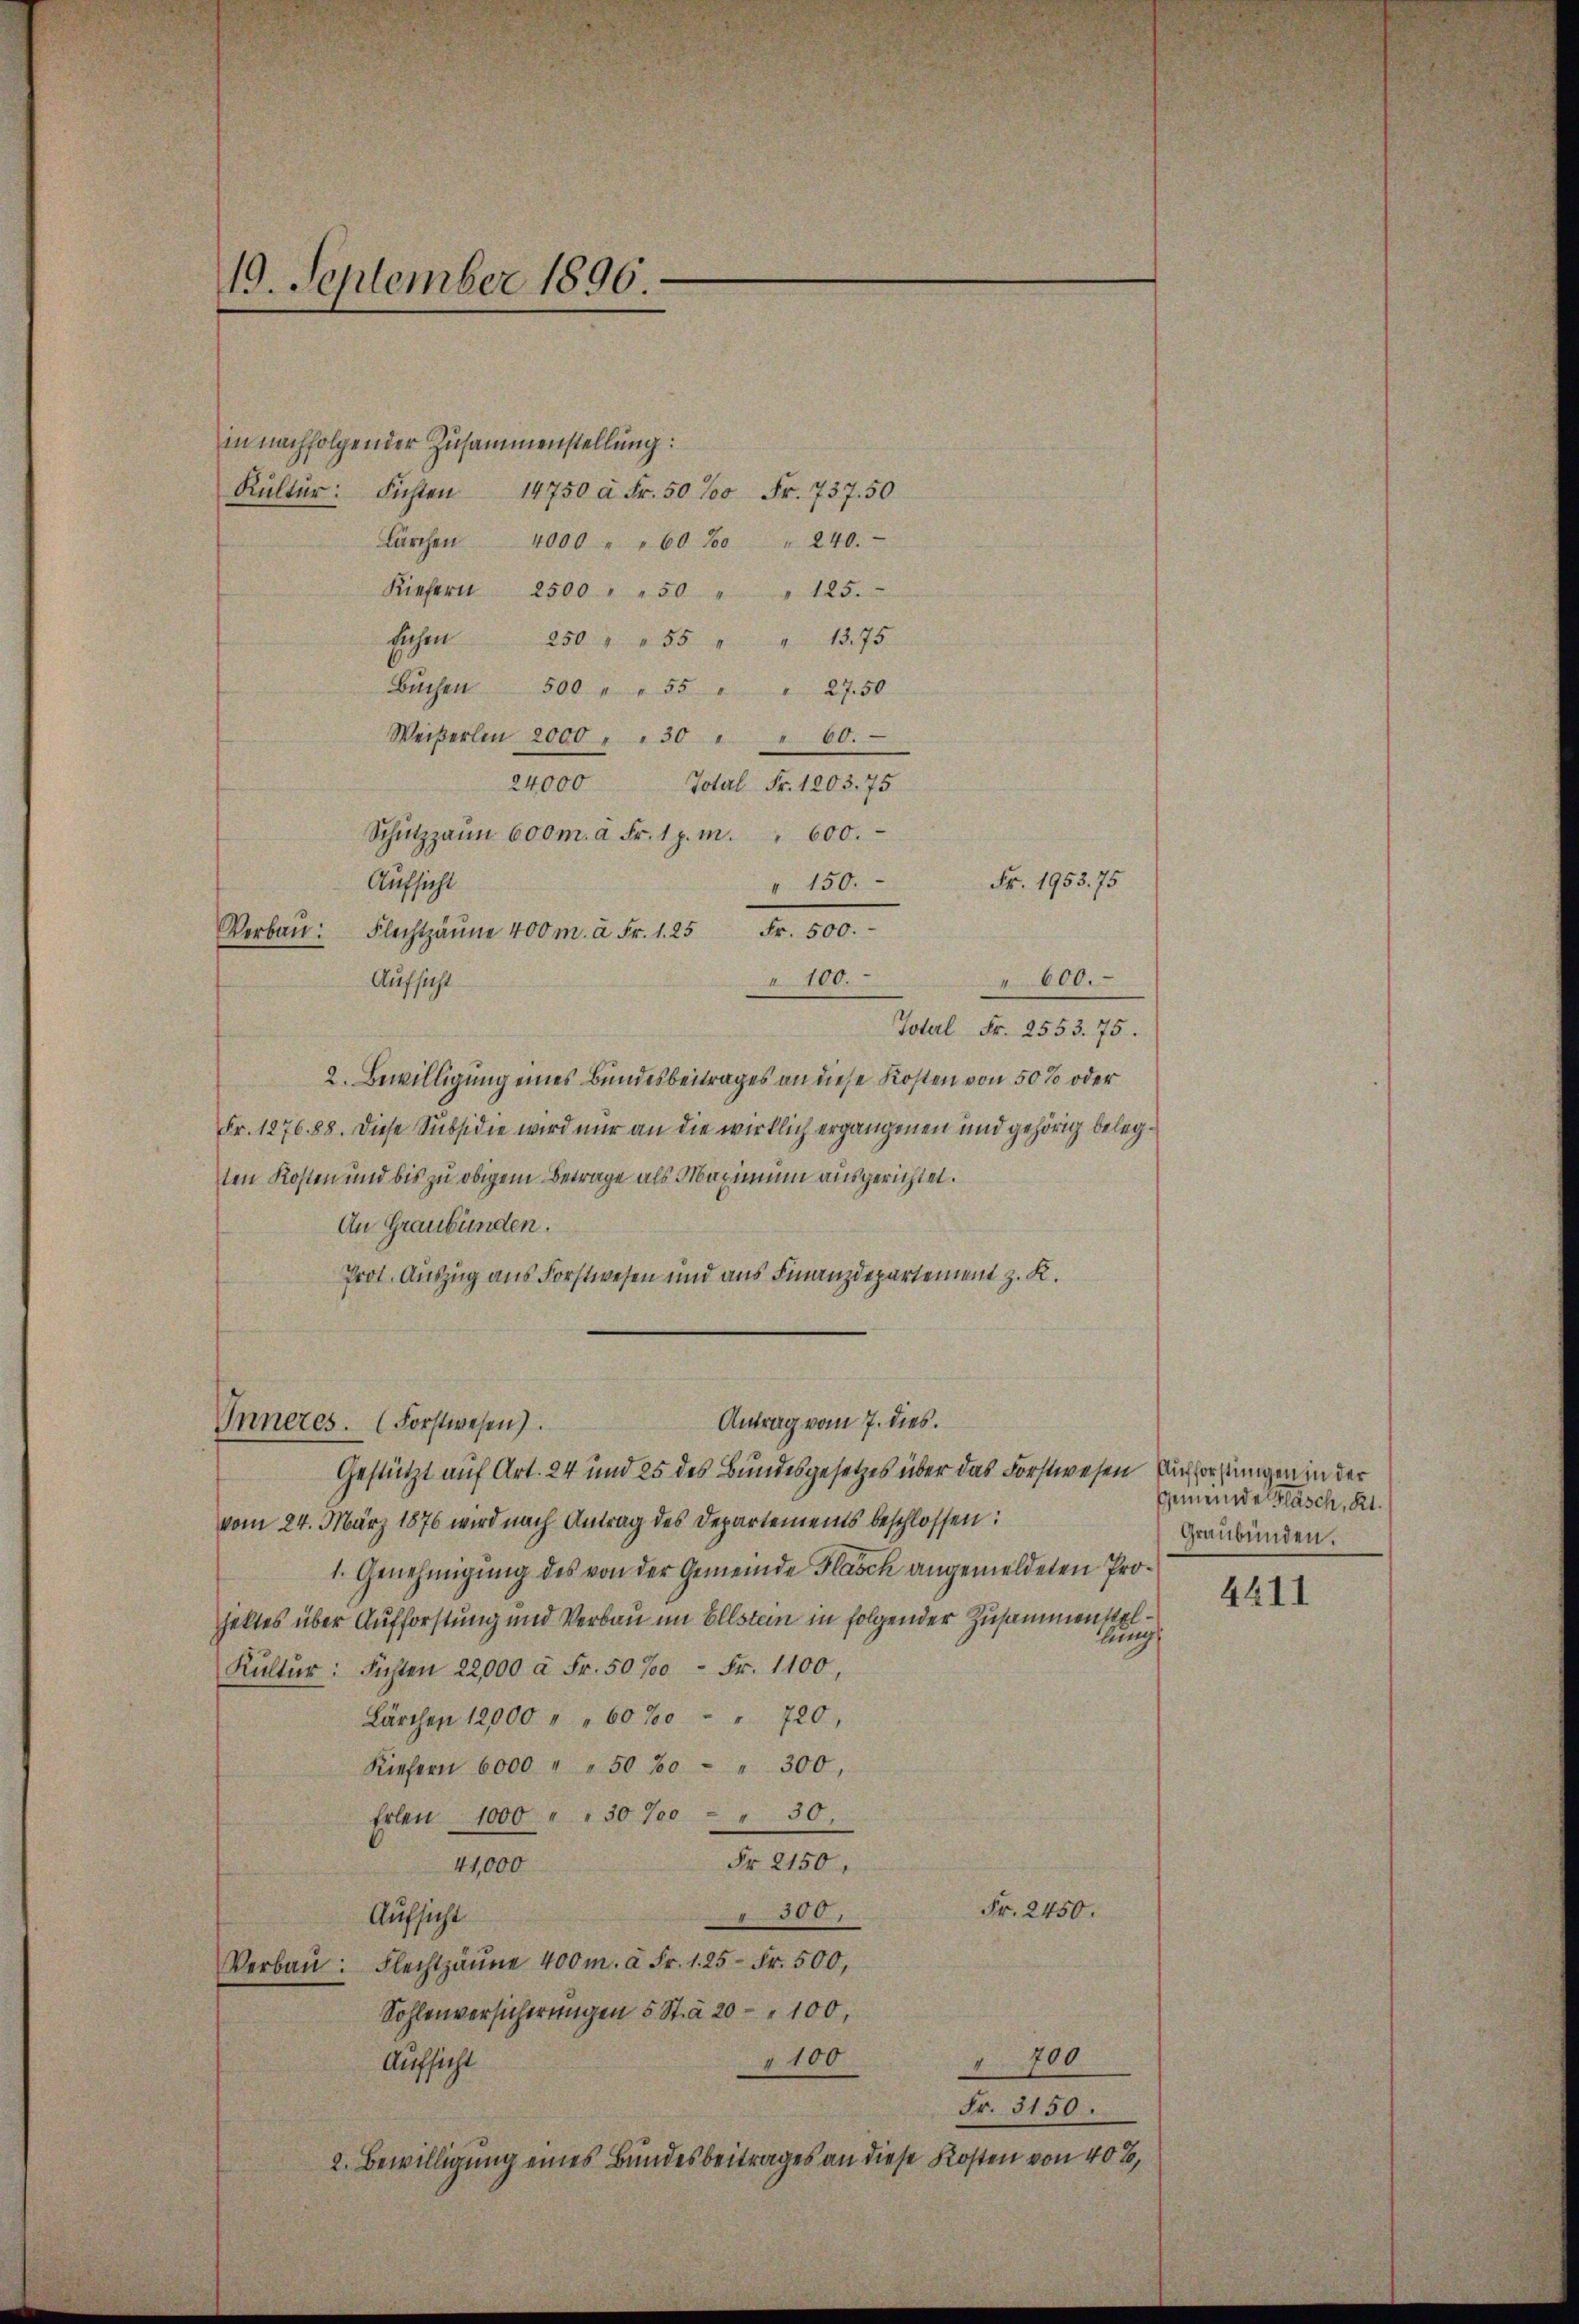
19. September 1896.

in nachfolgender Zusammenstellung:
Kŭltür: Fichten 14750 à Fr. 50% Fr. 737. 50
Lärchen 4000 " " 60‰ " 240.
Kiefern 2500 " " 50 " " 125.
Eichen 250 " " 55 " " 1375
Bŭchen 500 " " 55 " " 27.50
Weiβerlin 2000 " " 30 " " 60.
24,000 Total Fr. 1203. 75
Schŭtzzaun 600 m. à Fr. 1 p. m. " 600.
Fr. 1953. 75
Aufsicht
" 150.
Flechtzäune 400 m. à Fr. 1. 25 Fr. 500.
Verbau:
100.
Aufsicht
" 600.
Totel Fr. 2553. 75.
2. Bewilligung eines Bundesbeitrages an diese Kosten von 50% oder
Fr. 1276. 88. Diese Subsidie wird nur an die wirklich ergangenen und gehörig belegten Kosten und bis zu obigem Betrage als Maximum ausgerichtet.
An Graubünden.
Prot. Auszug aus Forstwesen und aus Finanzdepartement z. K.
Antrag vom 7. dies.
Inneres. (Forstwesen).
Gestützt auf Art. 24 und 25 des Bundesgesetzes über das Forstwesen Buchforstungen in der
vom 24. März 1876 wird nach Antrag des Departements beschlossen:
1. Genehmigung des von der Gemeinde Flasch angemeldeten Prohaltes über Aufforstung und Verbau im Ellstein in folgender Zusammenstellung
Kŭltŭr: Fichten 22,000 à Fr. 50700 Fr. 1100,
Lärchen 12000 " " 60‰ " 720.
Kiefern 6000 " " 50‰ " 300,
Erlen 1000 " " 30 700 - " 30
Fr. 2150.
41,000
Fr. 2450.
800
Aufsicht
Verbaŭ: Flechtzäŭne 400 m. à Fr. 1. 25 Fr. 500,
Sohlenversicherungen 5 St. a 20 " 100,
 700
Aufsicht
100
Fr. 3150.
2. Bewilligung eines Bundesbeitrages an diese Kosten von 40%,

Gemeinde Fläsch, Kt.
Graubünden.

4411